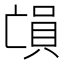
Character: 𠅳